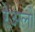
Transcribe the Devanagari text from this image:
रेअलों